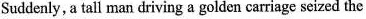
Suddenly, atall man driving a golden carriage seized the